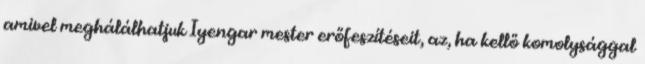
amivel meghálálhatjuk Iyengar mester erőfeszítéseit, az, ha kellő komolysággal